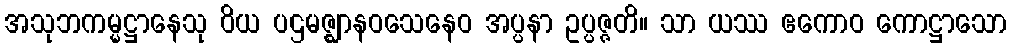
အသုဘကမ္မဋ္ဌာနေသု ဝိယ ပဌမဇ္ဈာနဝသေနေဝ အပ္ပနာ ဥပ္ပဇ္ဇတိ။ သာ ယဿ ဧကောဝ ကောဋ္ဌာသော